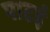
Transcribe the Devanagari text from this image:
पाटई